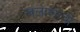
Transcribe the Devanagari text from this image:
खलाशाची